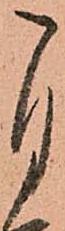
自